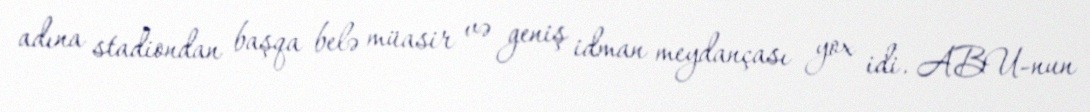
adına stadiondan başqa belə müasir və geniş idman meydançası yox idi. ABU-nun